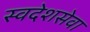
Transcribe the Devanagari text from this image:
स्वदेशसेवा